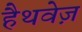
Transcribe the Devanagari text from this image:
हैथवेज़